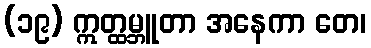
(၁၉) ဣတ္ထမ္ဘူတာ အနေကာ တေ၊